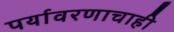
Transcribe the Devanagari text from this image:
पर्यावरणाचाही